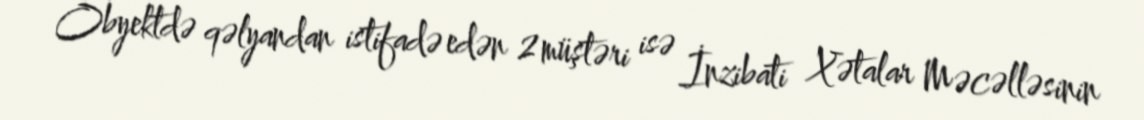
Obyektdə qəlyandan istifadə edən 2 müştəri isə İnzibati Xətalar Məcəlləsinin